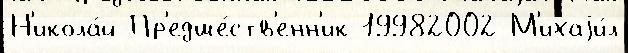
Н'икола́й Пр'едше́ств'енн'ик 19982002 М'ихаjи́л